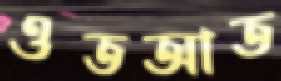
ওতআত